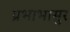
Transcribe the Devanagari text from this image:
प्रभाभासुर